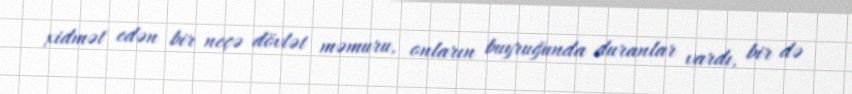
xidmət edən bir neçə dövlət məmuru, onların buyruğunda duranlar vardı, bir də